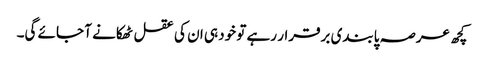
کچھ عرصہ پابندی برقرار رہے تو خود ہی ان کی عقل ٹھکانے آ جائے گی۔